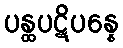
ပန္ထပဋိပန္နေ